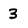
Character: 3